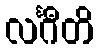
လင်္ဂီတိ